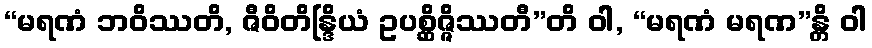
“မရဏံ ဘဝိဿတိ, ဇီဝိတိန္ဒြိယံ ဥပစ္ဆိဇ္ဇိဿတီ”တိ ဝါ, “မရဏံ မရဏ”န္တိ ဝါ